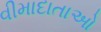
વીમાદાતાઓ